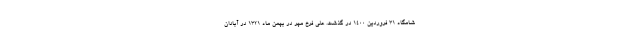
شامگاه ۳۱ فروردین ۱۴۰۰ در گذشت. علی فرخ مهر در بهمن ماه ۱۳۲۱ در آبادان